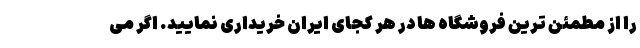
را از مطمئن ترین فروشگاه ها در هر کجای ایران خریداری نمایید. اگر می